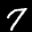
Label: 7